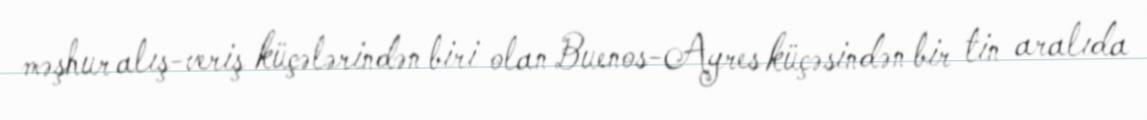
məşhur alış-veriş küçələrindən biri olan Buenos-Ayres küçəsindən bir tin aralıda